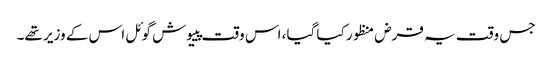
جس وقت یہ قرض منظور کیا گیا، اس وقت پییوش گوئل اس کے وزیر تھے۔